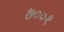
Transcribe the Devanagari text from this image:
७००१